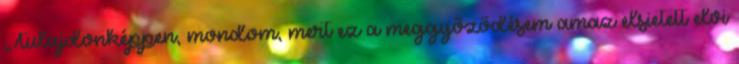
„Tulajdonképpen, mondom, mert ez a meggyőződésem amaz elsietett elvi